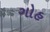
ગોહ